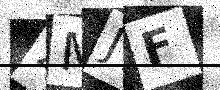
Text: 2MJF